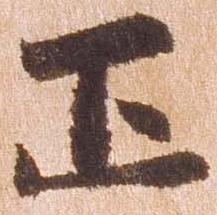
正